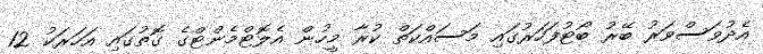
އެދުވަސްވަރު ބޭރު ބޯޓުފަހަރުގައި މަސައްކަތް ކުރާ މީހުން އެލޮޓްމެންޓްގެ ގޮތުގައި އަހަރަކު 12